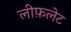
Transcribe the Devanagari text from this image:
लीफ़लेट